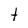
Character: t